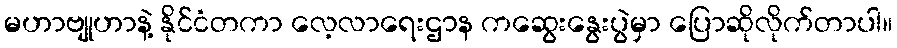
မဟာဗျုဟာနဲ့ နိုင်ငံတကာ လေ့လာရေးဌာန ကဆွေးနွေးပွဲမှာ ပြောဆိုလိုက်တာပါ။